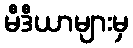
မီဒီယာများမှ